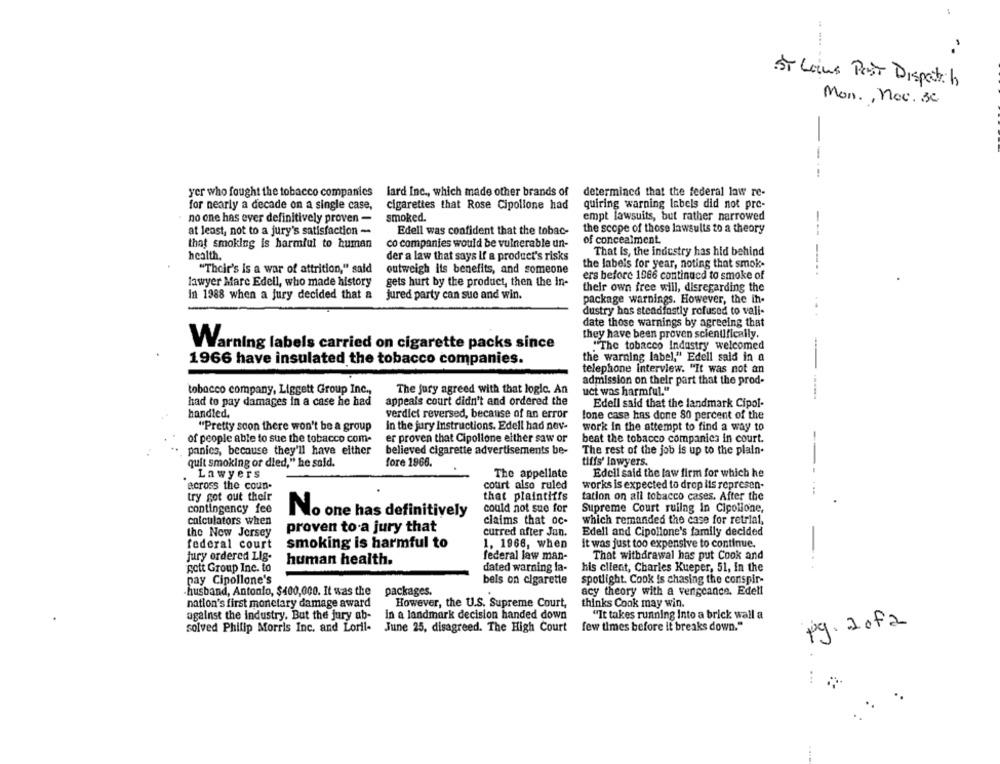
-- ---
ST Lains Post Disposti6
Mon ., Now. 30
-
determined that the federal law re-
yer who fought the tobacco companies
lard Inc ., which made other brands of
for nearly a decade on a single case,
cigarettes that Rose Cipollone had
quiring warning labels did not pre-
no one has ever definitively proven -
smoked.
empt lawsuits, but rather narrowed
the scope of those lawsuits to a theory
at least, not to a jury's satisfaction -
Edell was confident that the tobac-
---
that smoking is harmful to human
co companies would be vulnerable un-
of concealment.
That Is, the industry has hid behind
health.
der a law that says If a product's risks
the labels for year, noting that smok-
"Their's is a war of attrition," said
outweigh its benefits, and someone
ers before 1966 continued to smoke of
lawyer Mare Edell, who made history
gets hurt by the product, then the In-
their own free will, disregarding the
In 1988 when a jury decided that a
jured party can sue and win.
package warnings. However, the ih-
dustry hos steadfastly refused to vali-
date those warnings by agreeing that
they have been proven scientifically.
"The tobacco Industry welcomed
Warning labels carried on cigarette packs since
-
1966 have insulated the tobacco companies.
the warning label," Edell said in a
telephone Interview. "It was not an
admission on their part that the prod-
tobacco company, Liggett Group Inc .,
The jury agreed with that logic. An
uct was harmful."
had to pay damages in a case he had
appeals court didn't and ordered the
Edell said that the landmark Cipol-
handled.
verdict reversed, because of an error
lone case has done 80 percent of the
"Pretty soon there won't be a group
in the jury Instructions. Edell had nov-
work in the attempt to find a way to
of people able to sue the tobacco com-
er proven that Cipollone either saw or
beat the tobacco companies in court.
panics, because they'll have either
believed cigarette advertisements be-
The rest of the job is up to the plain-
quit smoking of died," he said.
fore 1966.
tiffs' lawyers.
Lawyers
The appellate
Edell said the law firm for which he
across the coun-
cotirt also ruled
works is expected to drop ils represen-
try got out their
that plaintiffs
tation on all tobacco cases. After the
contingency fee
could not sue for
Supreme Court ruling In Cipollone,
calculators when
No one has definitively
claims that oc-
which remanded the case for retrial,
proven to a jury that
the New Jersey
curred after Jan.
Edell and Cipollone's family decided
it was just too expensive to continue.
federal court
smoking is harmful to
1. 1966, when
jury ordered Lig-
federal law man-
That withdrawal has put Cook and
human health.
. .
gott Group Inc. to
dated warning la-
his client, Charles Kueper, 51, in the
pay Cipollone's
bels on cigarette
spotlight. Cook is chasing the conspir-
husband, Antonio, $400,000. It was the
packages.
acy theory with a vengeance. Edell
nation's first monetary damage award
However, the U.S. Supreme Court,
thinks Cook may win.
against the industry. But the jury ab-
in a landmark decision handed down
"It takes running Into a brick wall a
few times before it breaks down."
Pg. 2of2
solved Philip Morris Inc. and Loril-
June 25, disagreed. The High Court